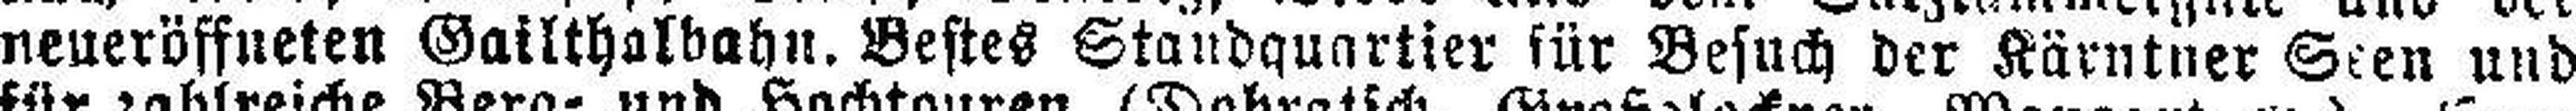
neueröffneten Gailthalbahn. Bestes Standquartier für Besuch der Kärntner Seen und